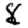
Digit: 8